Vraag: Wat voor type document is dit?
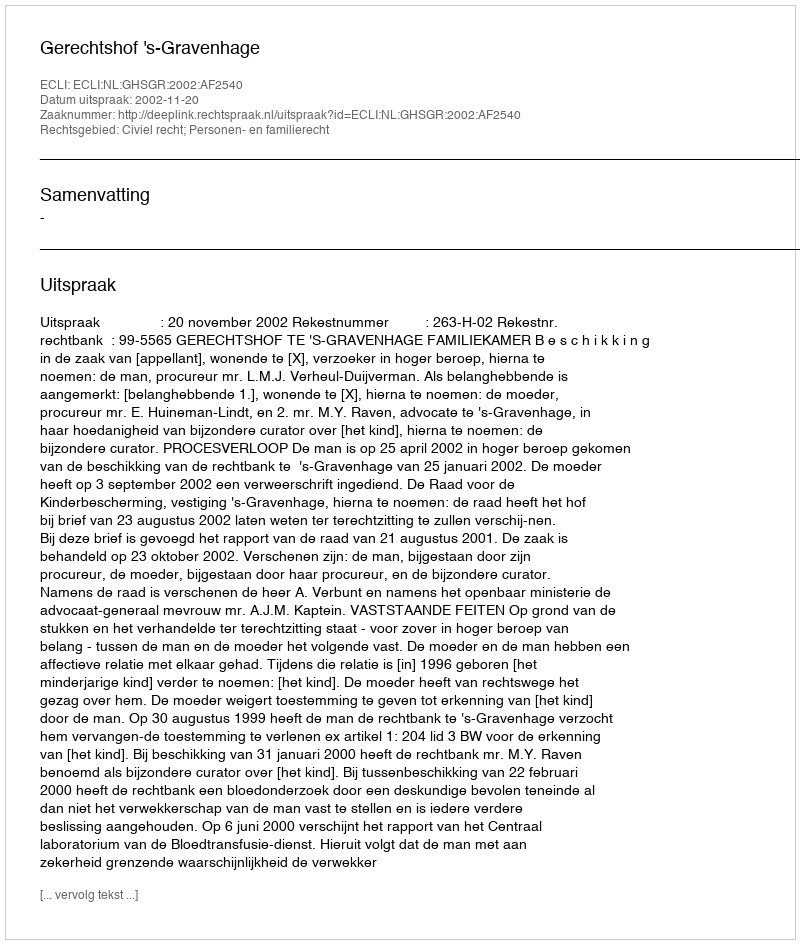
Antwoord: Uitspraak